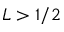
L > 1 / 2